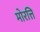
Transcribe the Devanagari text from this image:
मोरत्ति